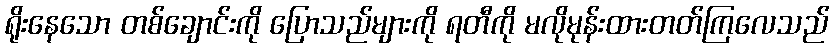
ရိုးနေသော တစ်ချောင်းကို ပြောသည်များကို ရတီကို မလိုမုန်းထားတတ်ကြလေသည်